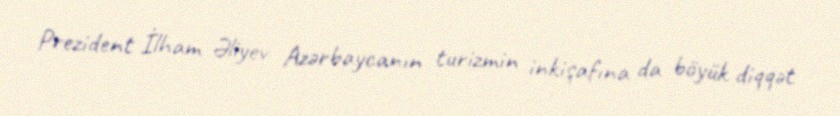
Prezident İlham Əliyev Azərbaycanın turizmin inkişafına da böyük diqqət